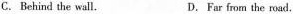
C. Behind the wall. D.Far from the road.